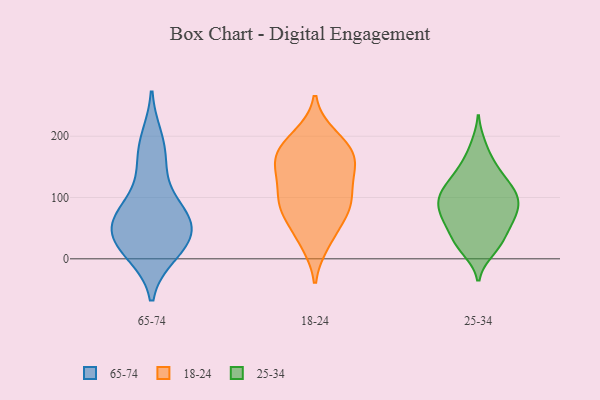
{"axis": {"x": "Humidity (%)", "y": "Value"}, "legend": ["18-24", "25-34", "65-74"], "data": [{"x": "", "y": 10, "type": "65-74"}, {"x": "", "y": 57, "type": "65-74"}, {"x": "", "y": 135, "type": "65-74"}, {"x": "", "y": 22, "type": "65-74"}, {"x": "", "y": 172, "type": "65-74"}, {"x": "", "y": 21, "type": "65-74"}, {"x": "", "y": 60, "type": "65-74"}, {"x": "", "y": 68, "type": "65-74"}, {"x": "", "y": 195, "type": "65-74"}, {"x": "", "y": 69, "type": "65-74"}, {"x": "", "y": 77, "type": "65-74"}, {"x": "", "y": 27, "type": "65-74"}, {"x": "", "y": 164, "type": "18-24"}, {"x": "", "y": 165, "type": "18-24"}, {"x": "", "y": 27, "type": "18-24"}, {"x": "", "y": 160, "type": "18-24"}, {"x": "", "y": 189, "type": "18-24"}, {"x": "", "y": 74, "type": "18-24"}, {"x": "", "y": 101, "type": "18-24"}, {"x": "", "y": 79, "type": "18-24"}, {"x": "", "y": 200, "type": "18-24"}, {"x": "", "y": 117, "type": "18-24"}, {"x": "", "y": 89, "type": "18-24"}, {"x": "", "y": 183, "type": "18-24"}, {"x": "", "y": 84, "type": "18-24"}, {"x": "", "y": 35, "type": "18-24"}, {"x": "", "y": 147, "type": "18-24"}, {"x": "", "y": 137, "type": "18-24"}, {"x": "", "y": 81, "type": "25-34"}, {"x": "", "y": 136, "type": "25-34"}, {"x": "", "y": 20, "type": "25-34"}, {"x": "", "y": 27, "type": "25-34"}, {"x": "", "y": 104, "type": "25-34"}, {"x": "", "y": 97, "type": "25-34"}, {"x": "", "y": 14, "type": "25-34"}, {"x": "", "y": 185, "type": "25-34"}, {"x": "", "y": 118, "type": "25-34"}, {"x": "", "y": 156, "type": "25-34"}, {"x": "", "y": 59, "type": "25-34"}, {"x": "", "y": 101, "type": "25-34"}, {"x": "", "y": 66, "type": "25-34"}, {"x": "", "y": 70, "type": "25-34"}, {"x": "", "y": 61, "type": "25-34"}, {"x": "", "y": 91, "type": "25-34"}, {"x": "", "y": 110, "type": "25-34"}, {"x": "", "y": 37, "type": "25-34"}, {"x": "", "y": 138, "type": "25-34"}]}